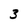
Character: 3